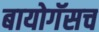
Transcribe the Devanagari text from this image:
बायोगॅसच